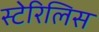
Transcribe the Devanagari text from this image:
स्टेरिलिस